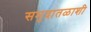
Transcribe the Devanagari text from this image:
समुद्रातळाशी